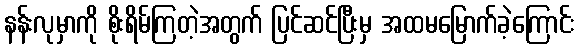
နန်းလုမှာကို စိုးရိမ်ကြတဲ့အတွက် ပြင်ဆင်ပြီးမှ အထမမြောက်ခဲ့ကြောင်း